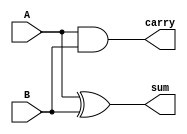
module HA(carry, sum, A, B);
output carry, sum;
input A, B;

xor G1(sum, A, B);
and G2(carry, A, B);

endmodule